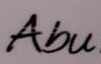
Abu